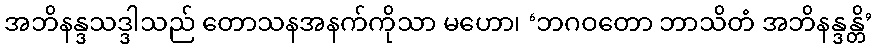
အဘိနန္ဒသဒ္ဒါသည် တောသနအနက်ကိုသာ မဟော၊ ‘ဘဂဝတော ဘာသိတံ အဘိနန္ဒန္တိ’